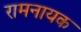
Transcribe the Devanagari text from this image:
रामनायक